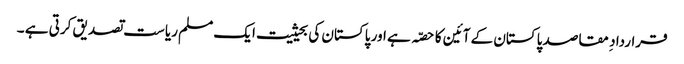
قرارداد ِ مقاصد پاکستان کے آئین کا حصّہ ہے اور پاکستان کی بحیثیت ایک مسلم ریاست تصدیق کرتی ہے ۔